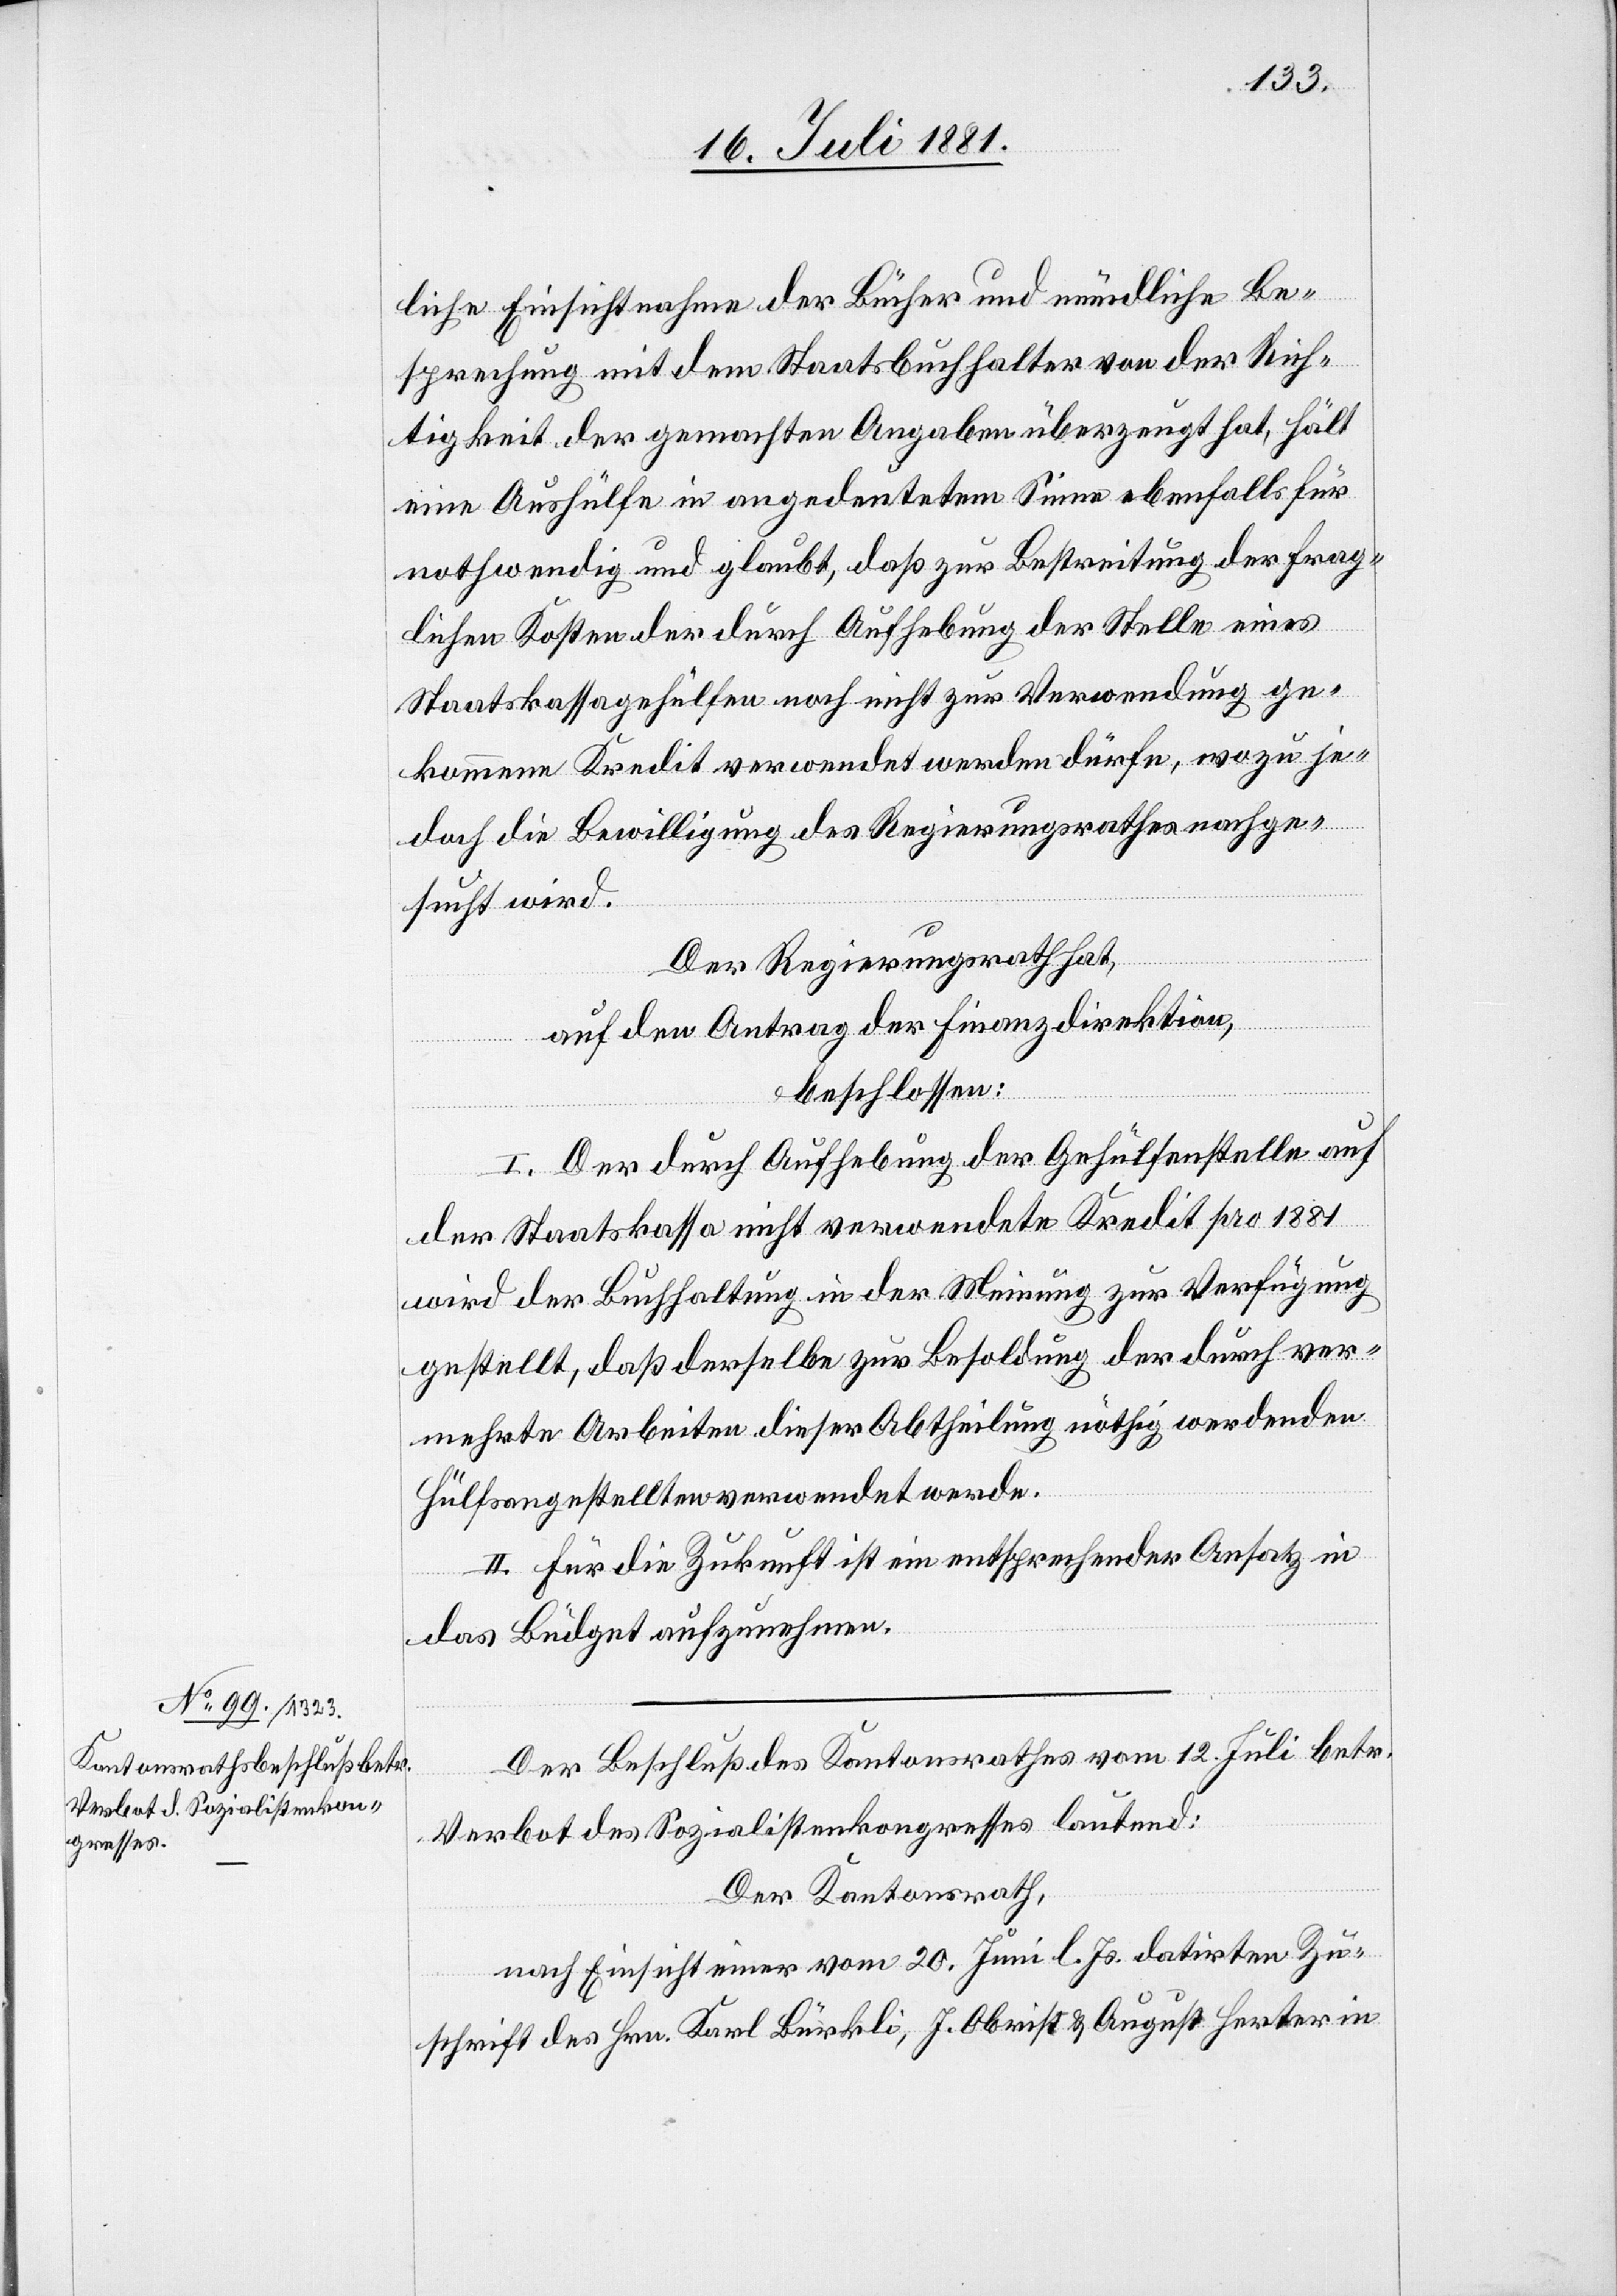
liche Einsichtnahme der Bücher und mündliche Be¬
sprechung mit dem Staatsbuchhalter von der Rich¬
tigkeit der gemachten Angaben überzeugt hat, hält
eine Aushülfe in angedeutetem Sinne ebenfalls für
nothwendig und glaubt, daß zur Bestreitung der frag¬
lichen Kosten der durch Aufhebung der Stelle eines
Staatskassagehülfen noch nicht zur Verwendung ge¬
kommene Kredit verwendet werden dürfe, wozu je¬
doch die Bewilligung des Regierungsrathes nachge¬
sucht wird.
Der Regierungsrath hat,
auf den Antrag der Finanzdirektion,
beschlossen:
I. Der durch Aufhebung der Gehülfenstelle aus
der Staatskassa nicht verwendete Kredit pro 1881
wird der Buchhaltung in der Meinung zur Verfügung
gestellt, daß derselbe zur Besoldung der durch ver¬
mehrte Arbeiten dieser Abtheilung nöthig werdenden
Hülfsangestellten verwendet werde.
II. Für die Zukunft ist ein entsprechender Ansatz in
das Budget aufzunehmen.
Der Beschluß des Kantonsrathes vom 12. Juli betr.
Verbot des Sozialistenkongresses lautend:
Der Kantonsrath,
nach Einsicht einer vom 20. Juni. l. Js. datirten Zu¬
schrift des Hrn. Karl Bürkli, J. Obrist & August Herter in